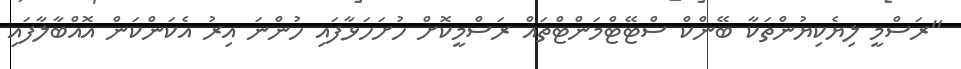
"ރަސްމީ ލިޔެކިޔުންތަކާ ބޭންކް ސްޓޭޓްމަންޓްތައް ރަސްމީކޮށް ހުށަހަޅާފައި ހުންނަ އިރު އެކަންކަން އޮއްބާލާފައި